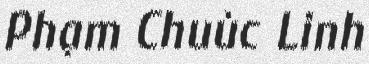
Phạm Chuùc Linh